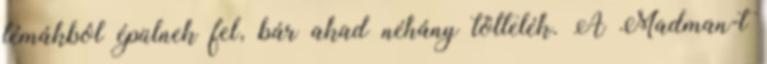
témákból épülnek fel, bár akad néhány töltelék. A Madman-t